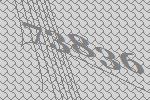
73836